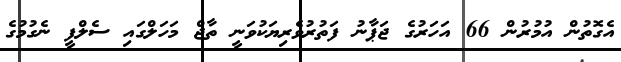
އެގޮތުން އުމުރުން 66 އަހަރުގެ ޖަޕާނު ފަތުރުވެރިޔަކުވަނީ ތާޖް މަހަލްގައި ސެލްފީ ނެގުމުގެ